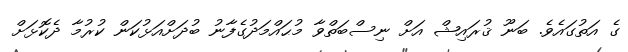
ގެ އަތުގައެވެ. ބަނޫ ޤުރައިޝް އަށް ނިސްބަތްވާ މުޙައްމަދުގެފާނު ބުދަށްއަޅުކަން ކުރުމާ ދެކޮޅަށް